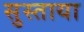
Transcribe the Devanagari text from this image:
सुस्ताया